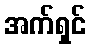
အက်ရှင်